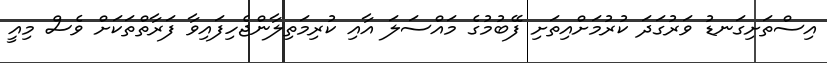
އިސްތަށިގަނޑު ވަރުގަދަ ކުރުމަށްއިތަށި ފޭބުމުގެ މައްސަލަ އާއި ކުރިމަތިލާންޖެހިފައިވާ ފަރާތްތަކަށް ވެސް މިއީ